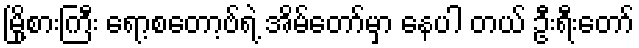
မြို့စားကြီး ရော့စတော့ဗ်ရဲ့ အိမ်တော်မှာ နေပါ တယ် ဦးရီးတော်